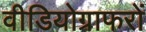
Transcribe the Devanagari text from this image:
वीडियोग्राफरों